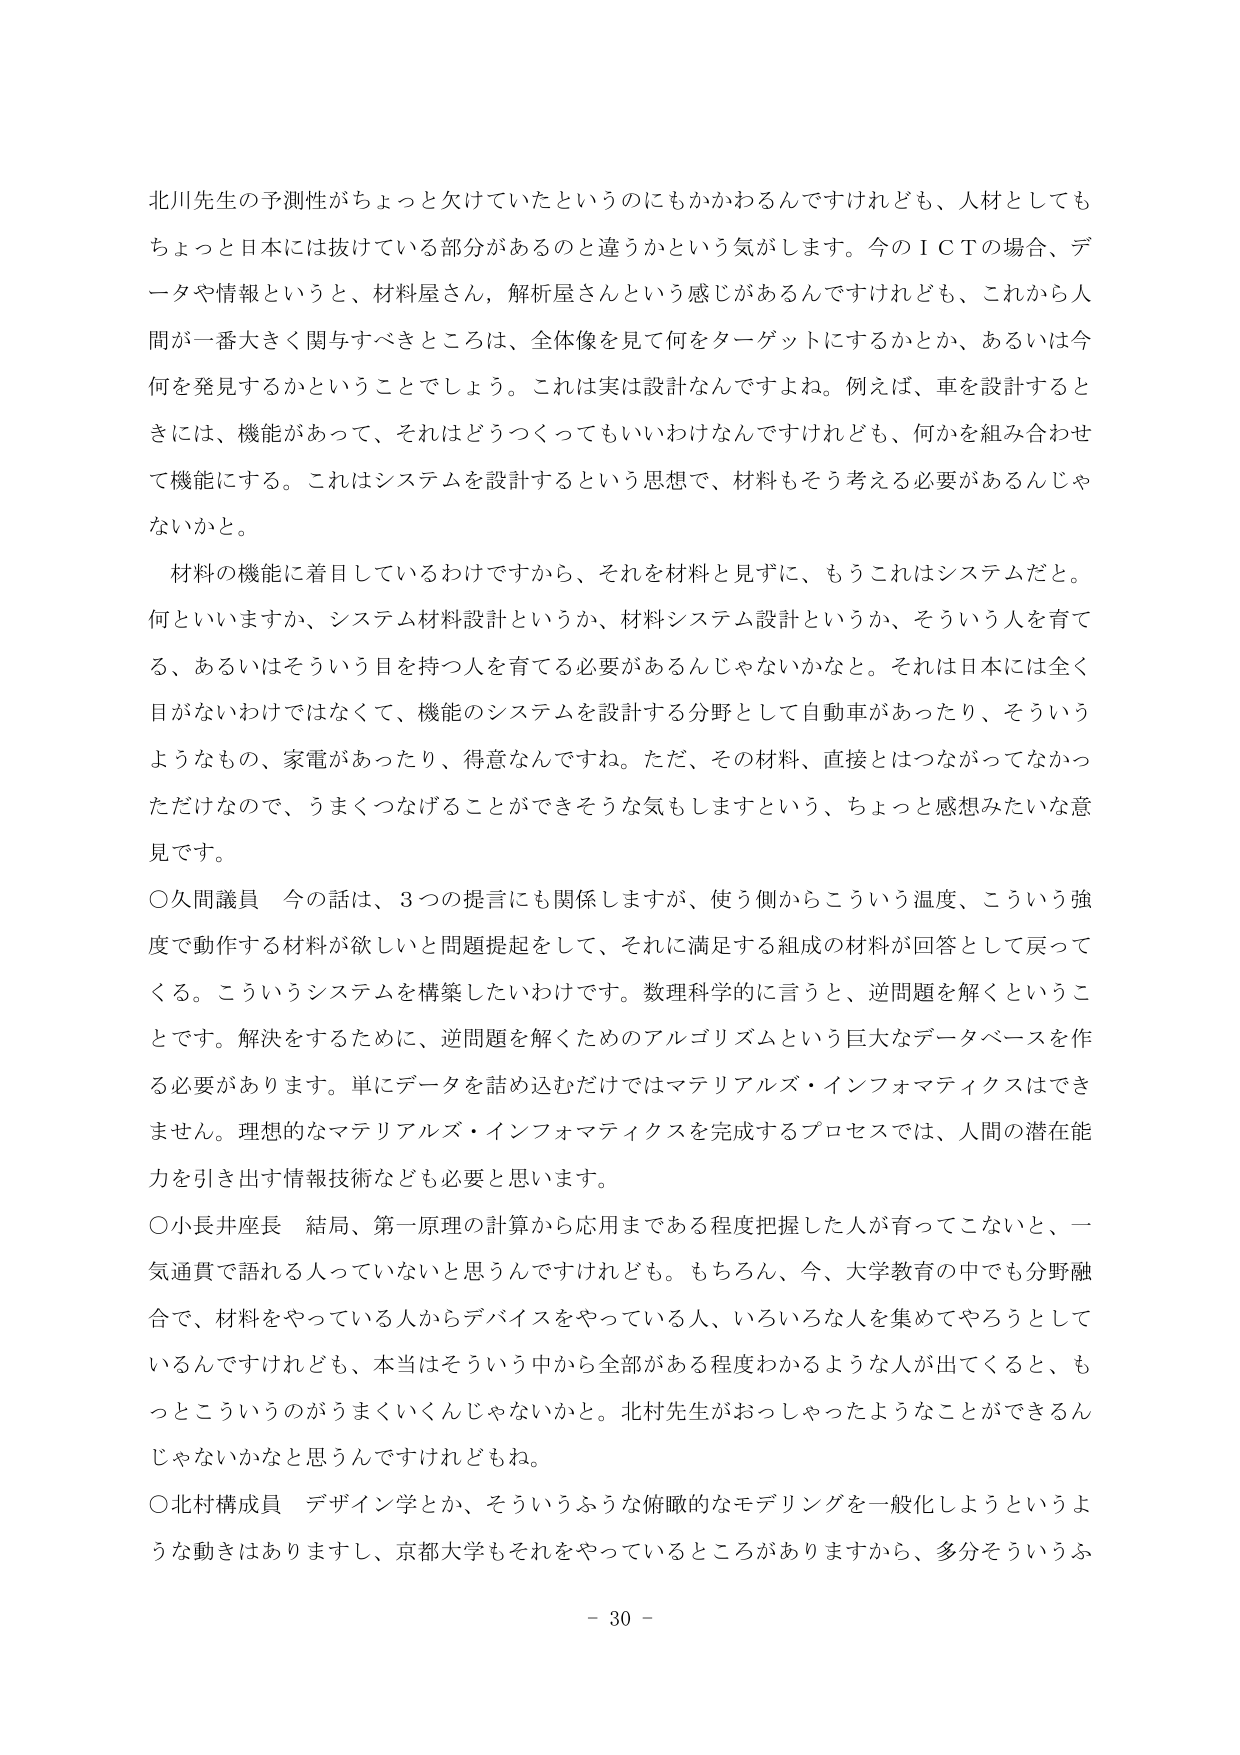
北川先生の予測性がちょっと欠けていたというのにもかかわるんですけれども、人材としてもちょっと日本には抜けている部分があるのと違うかという気がします。今のＩＣＴの場合、データや情報というと、材料屋さん、解析屋さんという感じがあるんですけれども、これから人間が一番大きく関与すべきところは、全体像を見て何をターゲットにするかとか、あるいは今何を発見するかということでしょう。これは実は設計なんですよね。例えば、車を設計するときには、機能があって、それはどうつくってもいいわけなんですけれども、何かを組み合わせて機能にする。これはシステムを設計するという思想で、材料もそう考える必要があるんじゃないかなと。

材料の機能に着目しているわけですから、それを材料と見ずに、もうこれはシステムだと。何といいますか、システム材料設計というか、材料システム設計というか、そういう人を育てる、あるいはそういう目を持つ人を育てる必要があるんじゃないかなと。それは日本には全く目がないわけではなくて、機能のシステムを設計する分野として自動車があったり、そういうようなもの、家電があったり、得意なんですネ。ただ、その材料、直接とはつながってなかっただけなので、うまくつなげることができそうな気もしますという、ちょっと感想みたいな意見です。

○久間議員　今の話は、3つの提言にも関係しますが、使う側からこういう温度、こういう強度で動作する材料が欲しいと問題提起をして、それに満足する組成の材料が回答として戻ってくる。こういうシステムを構築したいわけです。数理科学的に言うと、逆問題を解くということです。解決をするために、逆問題を解くためのアルゴリズムという巨大なデータベースを作る必要があります。単にデータを詰め込むだけではマテリアルズ・インフォマティクスはできません。理想的なマテリアルズ・インフォマティクスを完成するプロセスでは、人間の潜在能力を引き出す情報技術なども必要と思います。

○小長井座長　結局、第一原理の計算から応用まである程度把握した人が育ってこないと、一気通貫で語れる人っていないと思うんですけれども。もちろん、今、大学教育の中でも分野融合で、材料をやっている人からデバイスをやっている人、いろいろな人を集めてやろうとしているんですけれども、本当はそういう中から全部がある程度わかるような人が出てくると、もっとこういうのがうまくいくんじゃないかと。北村先生がおっしゃったようなことができるんじゃないかなと思うんですけれども。

○北村構成員　デザイン学とか、そういうふうな俯瞰的なモデリングを一般化しようというような動きはありますし、京都大学もそれをやっているところがありますから、多分そういうふ

－ 30 －